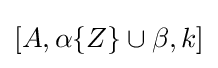
[A,\alpha \{Z\}\cup \beta ,k]